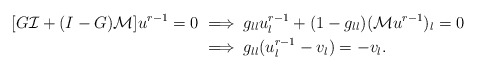
\begin{align*} [G\mathcal{I} + (I-G)\mathcal{M}]u^{r-1} =0 &\implies g_{ll} u_l^{r-1} + (1-g_{ll})(\mathcal{M}u^{r-1})_l =0\\ &\implies g_{ll} (u_l^{r-1} - v_l)= -v_l. \end{align*}